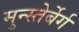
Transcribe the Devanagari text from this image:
मुन्स्तेर्बेर्ग